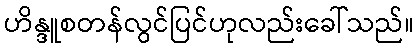
ဟိန္ဒူစတန်လွင်ပြင်ဟုလည်းခေါ်သည်။